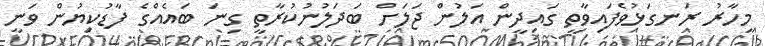
މިހާރު ރަަނގަޅުވެފައިވާތީ ގައިދީން އަލުން ޖަލަށް ބަދަލުނުކުރާތީ ގިނަ ބައެއްގެ ފާޑުކިޔުން ވަނީ